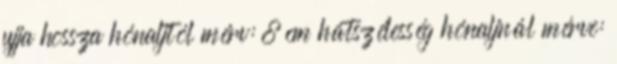
ujja hossza hónaljtól mérv: 8 cm hátszélesség hónaljnál mérve: